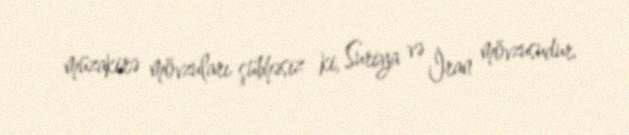
müzakirə mövzuları şübhəsiz ki, Suriya və İran mövzusudur.